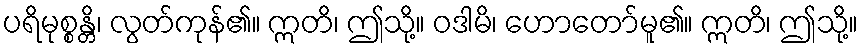
ပရိမုစ္စန္တိ၊ လွတ်ကုန်၏။ ဣတိ၊ ဤသို့။ ဝဒါမိ၊ ဟောတော်မူ၏။ ဣတိ၊ ဤသို့။